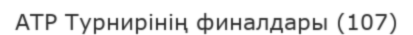
ATP Турнирінің финалдары (107)